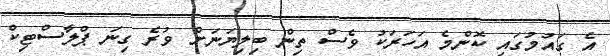
އެ ގައުމުގައި ކޮންމެ އަހަރަކު ވެސް ތިން ބިލިޔަނަށް ވުރެ ގިނަ ޕްލާސްޓިކް